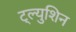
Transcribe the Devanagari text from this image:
ट्ल्युशिन